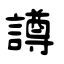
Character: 譐